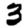
Digit: 3